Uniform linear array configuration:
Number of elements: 8
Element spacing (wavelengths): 0.5
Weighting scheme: kaiser
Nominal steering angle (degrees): -15
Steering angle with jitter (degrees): -15.254
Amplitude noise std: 0.05
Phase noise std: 0.05

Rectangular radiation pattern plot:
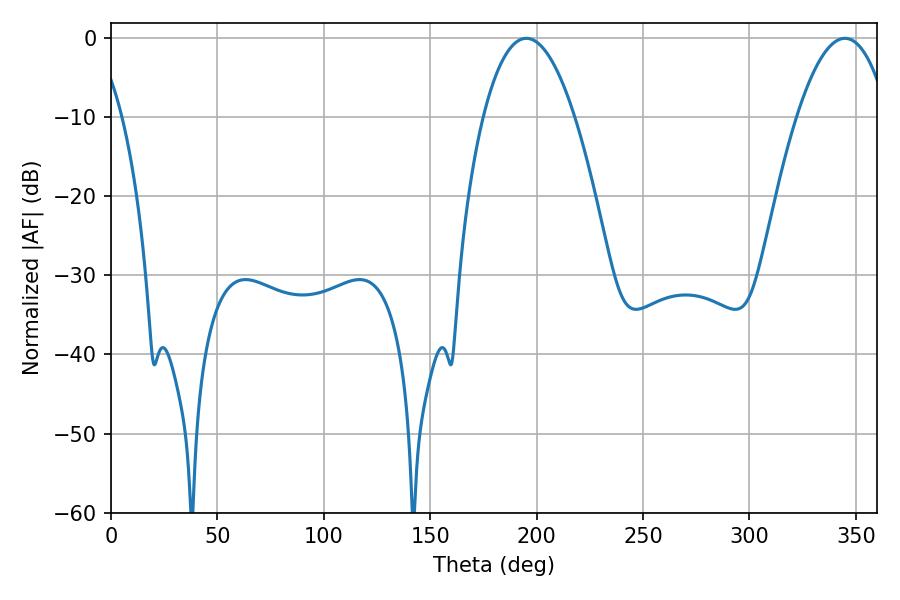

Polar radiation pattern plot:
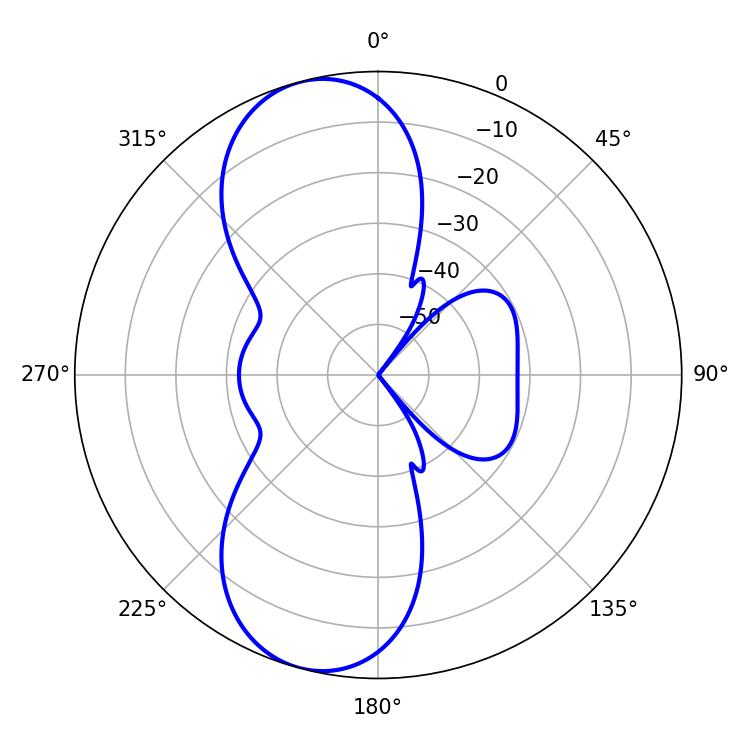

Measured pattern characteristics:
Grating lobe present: FALSE
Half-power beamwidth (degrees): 23.76
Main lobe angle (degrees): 195.12